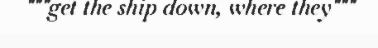
"""get the ship down, where they"""